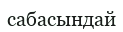
сабасындай